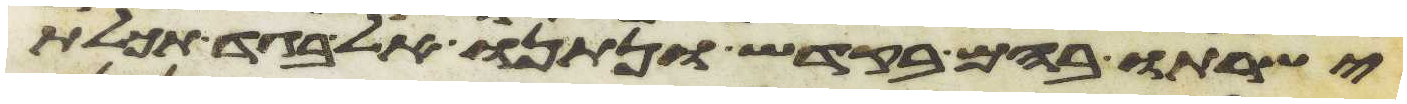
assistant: ישרתו בהם בקדש ונתנו אל בגד תכלת